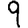
Digit: 9